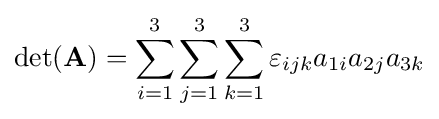
\det(\mathbf {A} )=\sum _{i=1}^{3}\sum _{j=1}^{3}\sum _{k=1}^{3}\varepsilon _{ijk}a_{1i}a_{2j}a_{3k}